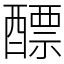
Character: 醥